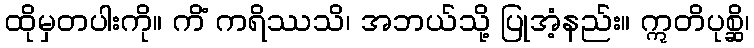
ထိုမှတပါးကို။ ကိံ ကရိဿသိ၊ အဘယ်သို့ ပြုအံ့နည်း။ ဣတိပုစ္ဆိ၊